Senior Leaving Certificate Examination (including Day School Certificate (Higher) General paper), 1948
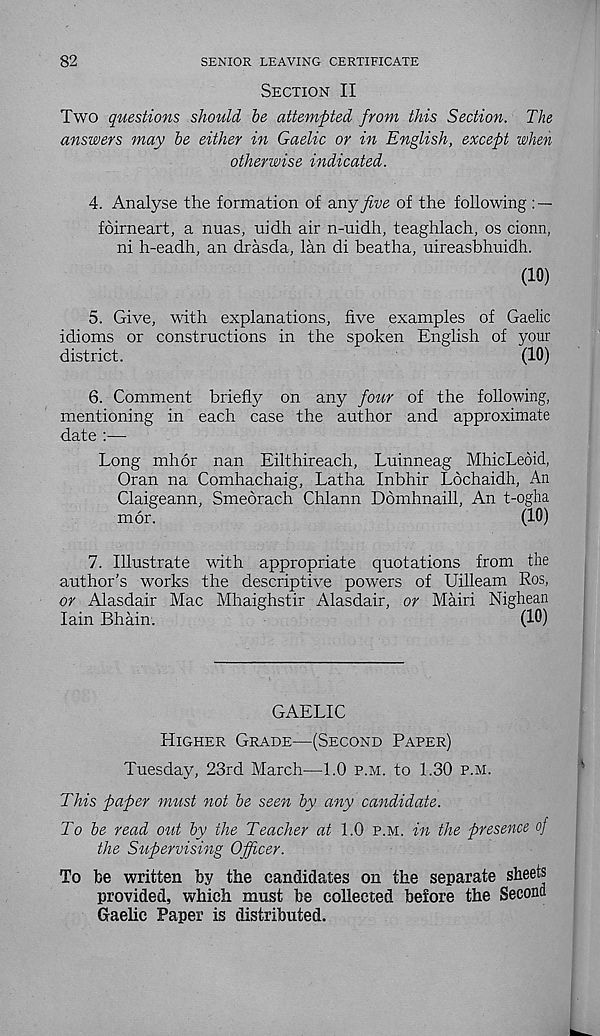
82
SENIOR LEAVING CERTIFICATE
Section II
Two questions should be attempted from this Section. The
answers may be either in Gaelic or in English, except when
otherwise indicated.
4. Analyse the formation of any five of the following : —
foirneart, a nuas, nidh air n-uidh, teaghlach, os cionn,
ni h-eadh, an drasda, lan di beatha, uireasbhuidh.
(10)
5. Give, with explanations, five examples of Gaelic
idioms or constructions in the spoken English of your
district.
(10)
6. Comment briefly on any four of the following,
mentioning in each case the author and approximate
date :—
Long mhor nan Eilthireach, Luinneag MhicLeoid,
Oran na Comhachaig, Latha Inbhir Lochaidh, An
Claigeann, Smeorach Chlann Ddmhnaill, An t-ogha
mor.
(10)
7. Illustrate with appropriate quotations from the
author’s works the descriptive powers of Uilleam Ros,
or Alasdair Mac Mhaighstir Alasdair, or Mairi Nighean
Iain Bhain.
(10)
GAELIC
Higher Grade—(Second Paper)
Tuesday, 23rd March—1.0 p.m. to 1.30 p.m.
This paper must not be seen by any candidate.
To be read out by the Teacher at 1.0 p.m. in the presence of
the Supervising Officer.
To be written by the candidates on the separate sheets
provided, which must be collected before the Second
Gaelic Paper is distributed.